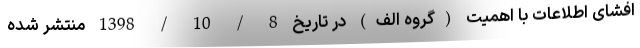
افشای اطلاعات با اهمیت (گروه الف) در تاریخ 8 / 10 / 1398 منتشر شده